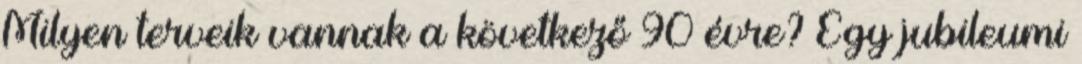
Milyen terveik vannak a következő 90 évre? Egy jubileumi